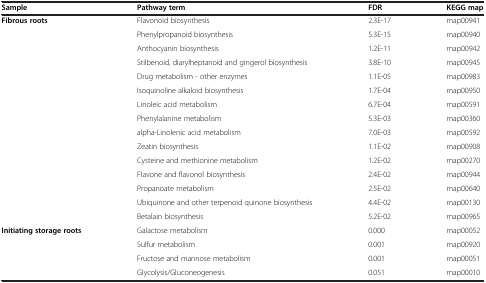
<table><thead><tr><td><b>Sample</b></td><td><b>Pathway term</b></td><td><b>FDR</b></td><td><b>KEGG map</b></td></tr></thead><tbody><tr><td><b>Fibrous roots</b></td><td>Flavonoid biosynthesis</td><td>2.3E-17</td><td>map00941</td></tr><tr><td> </td><td>Phenylpropanoid biosynthesis</td><td>5.3E-15</td><td>map00940</td></tr><tr><td> </td><td>Anthocyanin biosynthesis</td><td>1.2E-11</td><td>map00942</td></tr><tr><td> </td><td>Stilbenoid, diarylheptanoid and gingerol biosynthesis</td><td>3.8E-10</td><td>map00945</td></tr><tr><td> </td><td>Drug metabolism - other enzymes</td><td>1.1E-05</td><td>map00983</td></tr><tr><td> </td><td>Isoquinoline alkaloid biosynthesis</td><td>1.7E-04</td><td>map00950</td></tr><tr><td> </td><td>Linoleic acid metabolism</td><td>6.7E-04</td><td>map00591</td></tr><tr><td> </td><td>Phenylalanine metabolism</td><td>5.3E-03</td><td>map00360</td></tr><tr><td> </td><td>alpha-Linolenic acid metabolism</td><td>7.0E-03</td><td>map00592</td></tr><tr><td> </td><td>Zeatin biosynthesis</td><td>1.1E-02</td><td>map00908</td></tr><tr><td> </td><td>Cysteine and methionine metabolism</td><td>1.2E-02</td><td>map00270</td></tr><tr><td> </td><td>Flavone and flavonol biosynthesis</td><td>2.4E-02</td><td>map00944</td></tr><tr><td> </td><td>Propanoate metabolism</td><td>2.5E-02</td><td>map00640</td></tr><tr><td> </td><td>Ubiquinone and other terpenoid quinone biosynthesis</td><td>4.4E-02</td><td>map00130</td></tr><tr><td> </td><td>Betalain biosynthesis</td><td>5.2E-02</td><td>map00965</td></tr><tr><td><b>Initiating storage roots</b></td><td>Galactose metabolism</td><td>0.000</td><td>map00052</td></tr><tr><td> </td><td>Sulfur metabolism</td><td>0.001</td><td>map00920</td></tr><tr><td> </td><td>Fructose and mannose metabolism</td><td>0.001</td><td>map00051</td></tr><tr><td> </td><td>Glycolysis/Gluconeogenesis</td><td>0.051</td><td>map00010</td></tr></tbody></table>